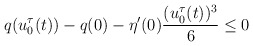
\begin{align*}q(u^\tau_0(t))-q(0)-\eta'(0)\frac{(u_0^\tau(t))^3}{6}\le 0\end{align*}